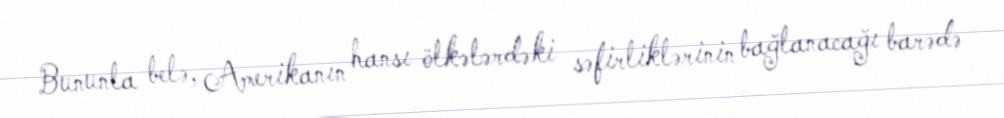
Bununla belə, Amerikanın hansı ölkələrdəki səfirliklərinin bağlanacağı barədə